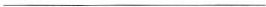
___